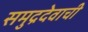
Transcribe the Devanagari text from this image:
समुद्रदेवाची